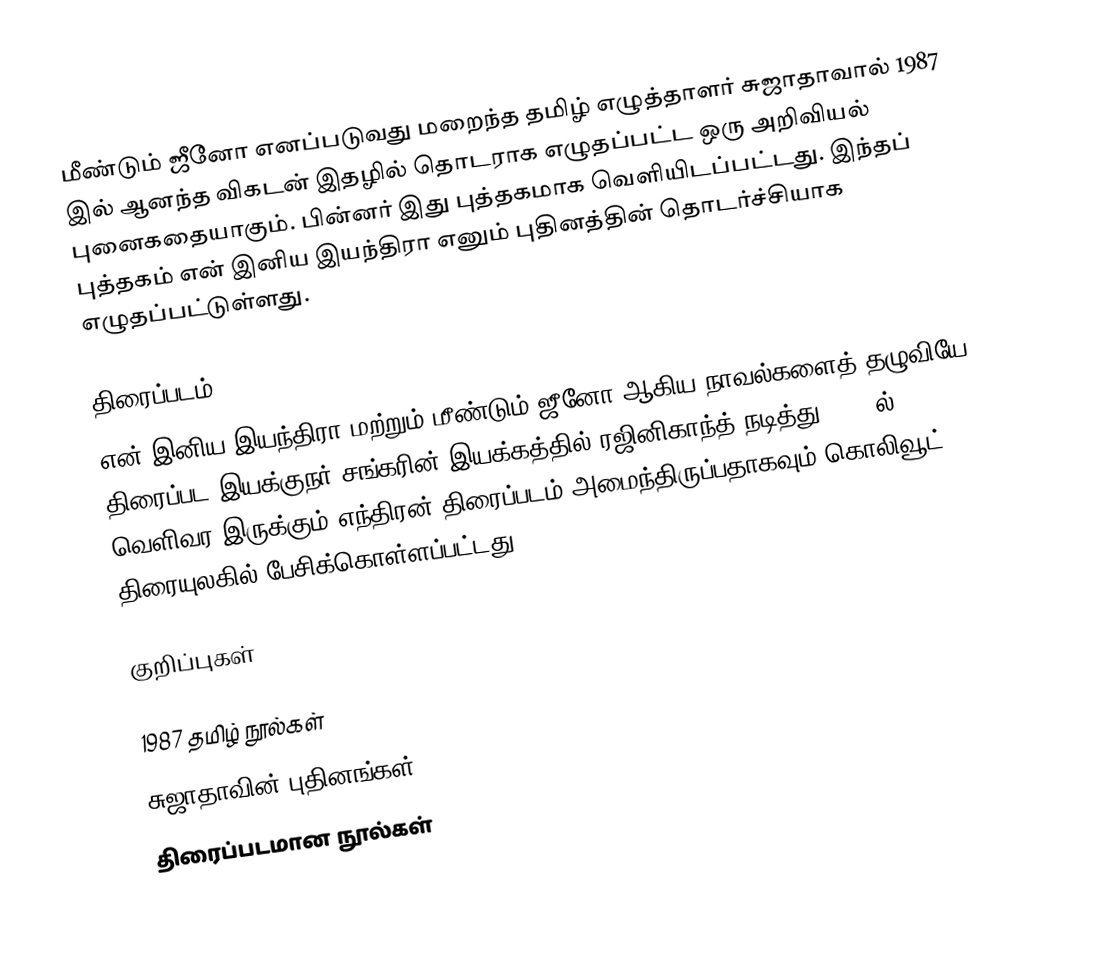
மீண்டும் ஜீனோ எனப்படுவது மறைந்த தமிழ் எழுத்தாளர் சுஜாதாவால் 1987  இல் ஆனந்த விகடன் இதழில் தொடராக எழுதப்பட்ட ஒரு அறிவியல் புனைகதையாகும். பின்னர் இது புத்தகமாக வெளியிடப்பட்டது. இந்தப் புத்தகம் என் இனிய இயந்திரா எனும் புதினத்தின் தொடர்ச்சியாக எழுதப்பட்டுள்ளது.

திரைப்படம்
என் இனிய இயந்திரா மற்றும் மீண்டும் ஜீனோ ஆகிய நாவல்களைத் தழுவியே திரைப்பட இயக்குநர் சங்கரின் இயக்கத்தில் ரஜினிகாந்த் நடித்து 2010 ல் வெளிவர இருக்கும் எந்திரன் திரைப்படம் அமைந்திருப்பதாகவும் கொலிவூட் திரையுலகில் பேசிக்கொள்ளப்பட்டது.

குறிப்புகள்

1987 தமிழ் நூல்கள்
சுஜாதாவின் புதினங்கள்
திரைப்படமான நூல்கள்